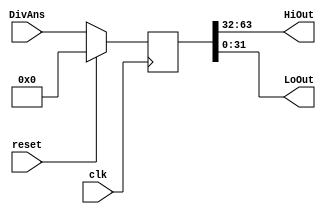

module My_HiLo( clk, DivAns, HiOut, LoOut, reset );
input clk ;
input reset ;
input [63:0] DivAns ;
output [31:0] HiOut ;
output [31:0] LoOut ;

reg [63:0] HiLo ;

always@( posedge clk )
begin
if ( reset )
  begin
    HiLo = 64'b0 ;
  end

  else
  begin
    HiLo = DivAns ;
  end

end

assign HiOut = HiLo[63:32] ;
assign LoOut = HiLo[31:0] ;

endmodule